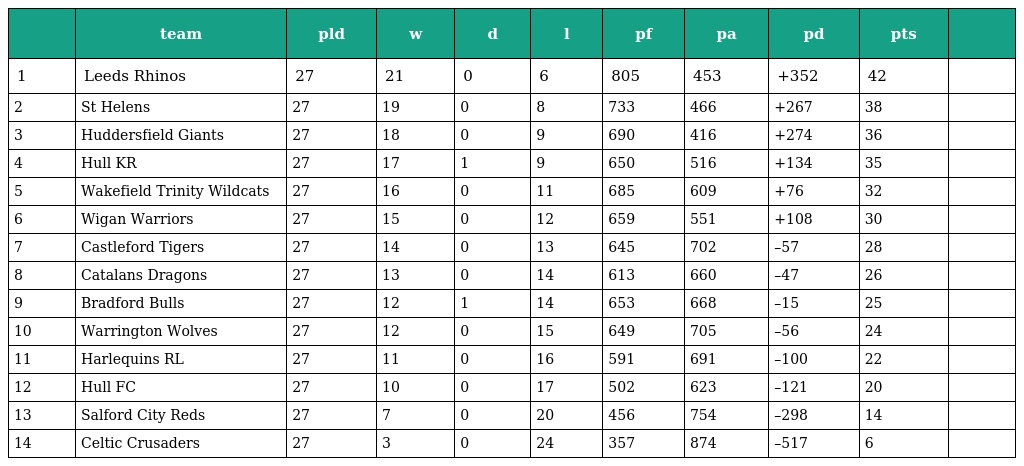
|  | team | pld | w | d | l | pf | pa | pd | pts |  |
 | --- | --- | --- | --- | --- | --- | --- | --- | --- | --- | --- |
 | 1 | Leeds Rhinos | 27 | 21 | 0 | 6 | 805 | 453 | +352 | 42 |  |
 | 2 | St Helens | 27 | 19 | 0 | 8 | 733 | 466 | +267 | 38 |  |
 | 3 | Huddersfield Giants | 27 | 18 | 0 | 9 | 690 | 416 | +274 | 36 |  |
 | 4 | Hull KR | 27 | 17 | 1 | 9 | 650 | 516 | +134 | 35 |  |
 | 5 | Wakefield Trinity Wildcats | 27 | 16 | 0 | 11 | 685 | 609 | +76 | 32 |  |
 | 6 | Wigan Warriors | 27 | 15 | 0 | 12 | 659 | 551 | +108 | 30 |  |
 | 7 | Castleford Tigers | 27 | 14 | 0 | 13 | 645 | 702 | –57 | 28 |  |
 | 8 | Catalans Dragons | 27 | 13 | 0 | 14 | 613 | 660 | –47 | 26 |  |
 | 9 | Bradford Bulls | 27 | 12 | 1 | 14 | 653 | 668 | –15 | 25 |  |
 | 10 | Warrington Wolves | 27 | 12 | 0 | 15 | 649 | 705 | –56 | 24 |  |
 | 11 | Harlequins RL | 27 | 11 | 0 | 16 | 591 | 691 | –100 | 22 |  |
 | 12 | Hull FC | 27 | 10 | 0 | 17 | 502 | 623 | –121 | 20 |  |
 | 13 | Salford City Reds | 27 | 7 | 0 | 20 | 456 | 754 | –298 | 14 |  |
 | 14 | Celtic Crusaders | 27 | 3 | 0 | 24 | 357 | 874 | –517 | 6 |  |